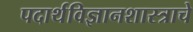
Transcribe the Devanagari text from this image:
पदार्थविज्ञानशास्त्राचे